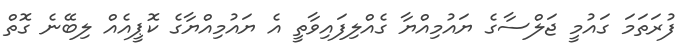
ފުރަތަމަ ގައުމީ ޖަލްސާގެ ޔައުމިއްޔާ ގެއްލިފައިވާތީ އެ ޔައުމިއްޔާގެ ކޮޕީއެއް ލިބޭނެ ގޮތް